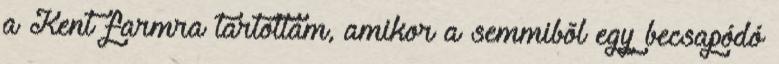
a Kent farmra tartottam, amikor a semmibõl egy becsapódó